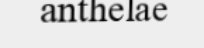
anthelae